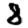
Digit: 8